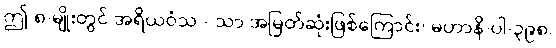
ဤ ၈-မျိုးတွင် အရိယဝံသ - သာ အမြတ်ဆုံးဖြစ်ကြောင်း၊ မဟာနိ-ပါ-၃၉၈၊